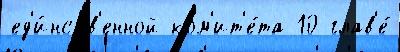
ед'и́нств'енной ком'ит'е́та 10 глав'е́